Indian journal of veterinary science and animal husbandry - Volumes 18-21, 1948-1951
Year: 1948
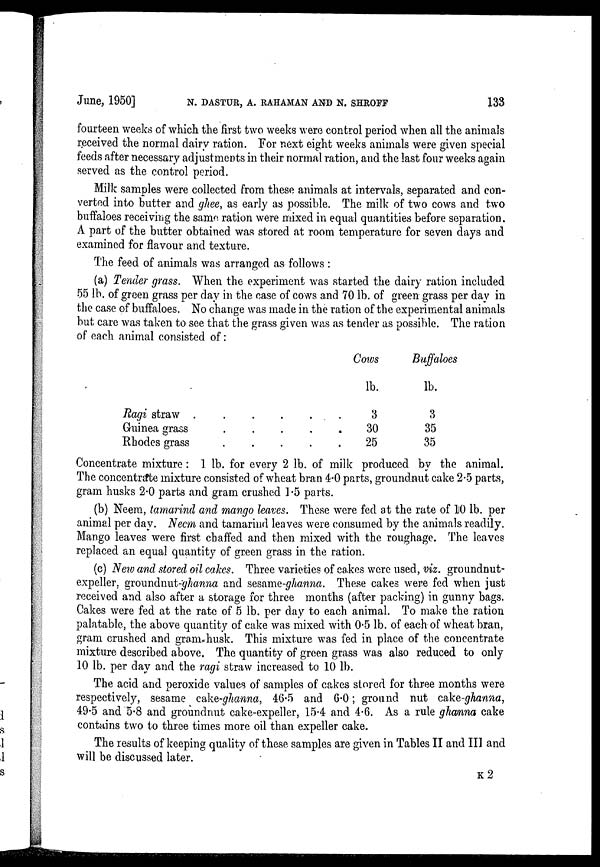
June, 1950] N. DASTUR, A. RAHAMAN AND N. SHROFF 133
fourteen weeks of which the first two weeks were control period when all the animals
received the normal dairy ration. For next eight weeks animals were given special
feeds after necessary adjustments in their normal ration, and the last four weeks again
served as the control period.
Milk samples were collected from these animals at intervals, separated and con-
verted into butter and ghee, as early as possible. The milk of two cows and two
buffaloes receiving the same ration were mixed in equal quantities before separation.
A part of the butter obtained was stored at room temperature for seven days and
examined for flavour and texture.
The feed of animals was arranged as follows :
(a) Tender grass. When the experiment was started the dairy ration included
55 lb. of green grass per day in the case of cows and 70 lb. of green grass per day in
the case of buffaloes. No change was made in the ration of the experimental animals
but care was taken to see that the grass given was as tender as possible. The ration
of each animal consisted of:
Ragi straw
Guinea grass
Rhodes grass
Cows
lb.
3
30
25
Buffaloes
lb.
3
35
35
Concentrate mixture : 1 lb. for every 2 lb. of milk produced by the animal.
The concentrate mixture consisted of wheat bran 4.0 parts, groundnut cake 2.5 parts,
gram husks 2.0 parts and gram crushed 1.5 parts.
(b) Neem, tamarind and mango leaves. These were fed at the rate of 10 lb. per
animal per day. Neem and tamarind leaves were consumed by the animals readily.
Mango leaves were first chaffed and then mixed with the roughage. The leaves
replaced an equal quantity of green grass in the ration.
(c) New and stored oil cakes. Three varieties of cakes were used, viz. groundnut-
expeller, groundnut-ghanna and sesame-ghanna. These cakes were fed when just
received and also after a storage for three months (after packing) in gunny bags.
Cakes were fed at the rate of 5 lb. per day to each animal. To make the ration
palatable, the above quantity of cake was mixed with 0.5 lb. of each of wheat bran,
gram crushed and gram husk. This mixture was fed in place of the concentrate
mixture described above. The quantity of green grass was also reduced to only
10 lb. per day and the ragi straw increased to 10 lb.
The acid and peroxide values of samples of cakes stored for three months were
respectively, sesame cake-ghanna, 46.5 and 6.0; ground nut cake-ghanna,
49.5 and 5.8 and groundnut cake-expeller, 15.4 and 4.6. As a rule ghanna cake
contains two to three times more oil than expeller cake.
The results of keeping quality of these samples are given in Tables II and III and
will be discussed later.
K 2